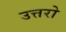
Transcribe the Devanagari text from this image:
उत्तरो